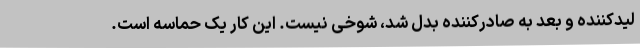
لیدکننده و بعد به صادرکننده بدل شد، شوخی نیست. این کار یک حماسه است.